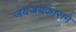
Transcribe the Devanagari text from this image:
जयजयकाराने